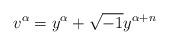
LaTeX: \begin{align*}v^{\alpha} = y^{\alpha} + \sqrt{-1}y^{\alpha+n}\end{align*}